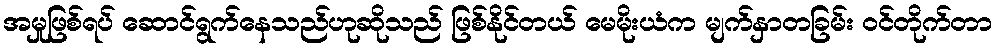
အမှုဖြစ်ရပ် ဆောင်ရွက်နေသည်ဟုဆိုသည် ဖြစ်နိုင်တယ် မေမိုးယံက မျက်နှာတခြမ်း ဝင်တိုက်တာ